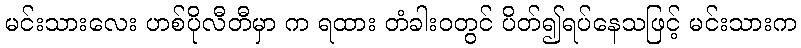
မင်းသားလေး ဟစ်ပိုလီတီမှာ က ရထား တံခါးဝတွင် ပိတ်၍ရပ်နေသဖြင့် မင်းသားက